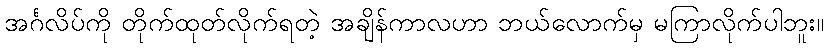
အင်္ဂလိပ်ကို တိုက်ထုတ်လိုက်ရတဲ့ အချိန်ကာလဟာ ဘယ်လောက်မှ မကြာလိုက်ပါဘူး။